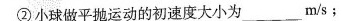
②小球做平抛运动的初速度大小为___m/s﹔